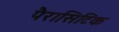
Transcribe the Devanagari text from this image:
पैरासिटिक